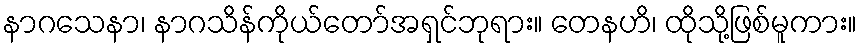
နာဂသေနာ၊ နာဂသိန်ကိုယ်တော်အရှင်ဘုရား။ တေနဟိ၊ ထိုသို့ဖြစ်မူကား။